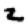
Digit: 2